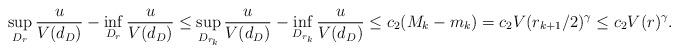
LaTeX: \begin{align*}\sup_{D_r} \frac{u}{V(d_D)} - \inf_{D_r} \frac{u}{V(d_D)} \leq \sup_{D_{r_k}} \frac{u}{V(d_D)} - \inf_{D_{r_k}} \frac{u}{V(d_D)} \leq c_2 (M_k-m_k) = c_2 V(r_{k+1} / 2)^\gamma \leq c_2 V(r)^\gamma.\end{align*}